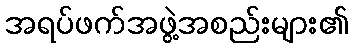
အရပ်ဖက်အဖွဲ့အစည်းများ၏